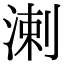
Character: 溂